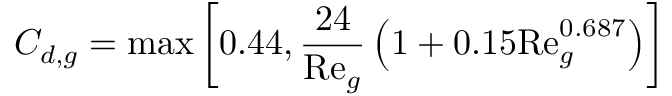
C _ { d , g } = \operatorname* { m a x } \left[ 0 . 4 4 , \frac { 2 4 } { \mathrm { R e } _ { g } } \left( 1 + 0 . 1 5 \mathrm { R e } _ { g } ^ { 0 . 6 8 7 } \right) \right]